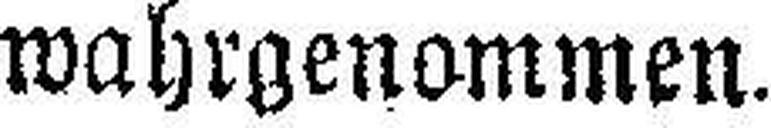
wahrgenommen.